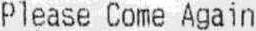
PLEASE COME AGAIN